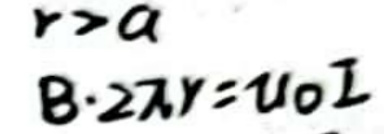
$r > a$\\
$B \cdot 2 \pi r = \mu_0 I$